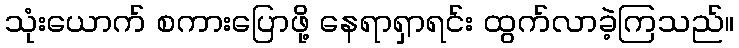
သုံးယောက် စကားပြောဖို့ နေရာရှာရင်း ထွက်လာခဲ့ကြသည်။